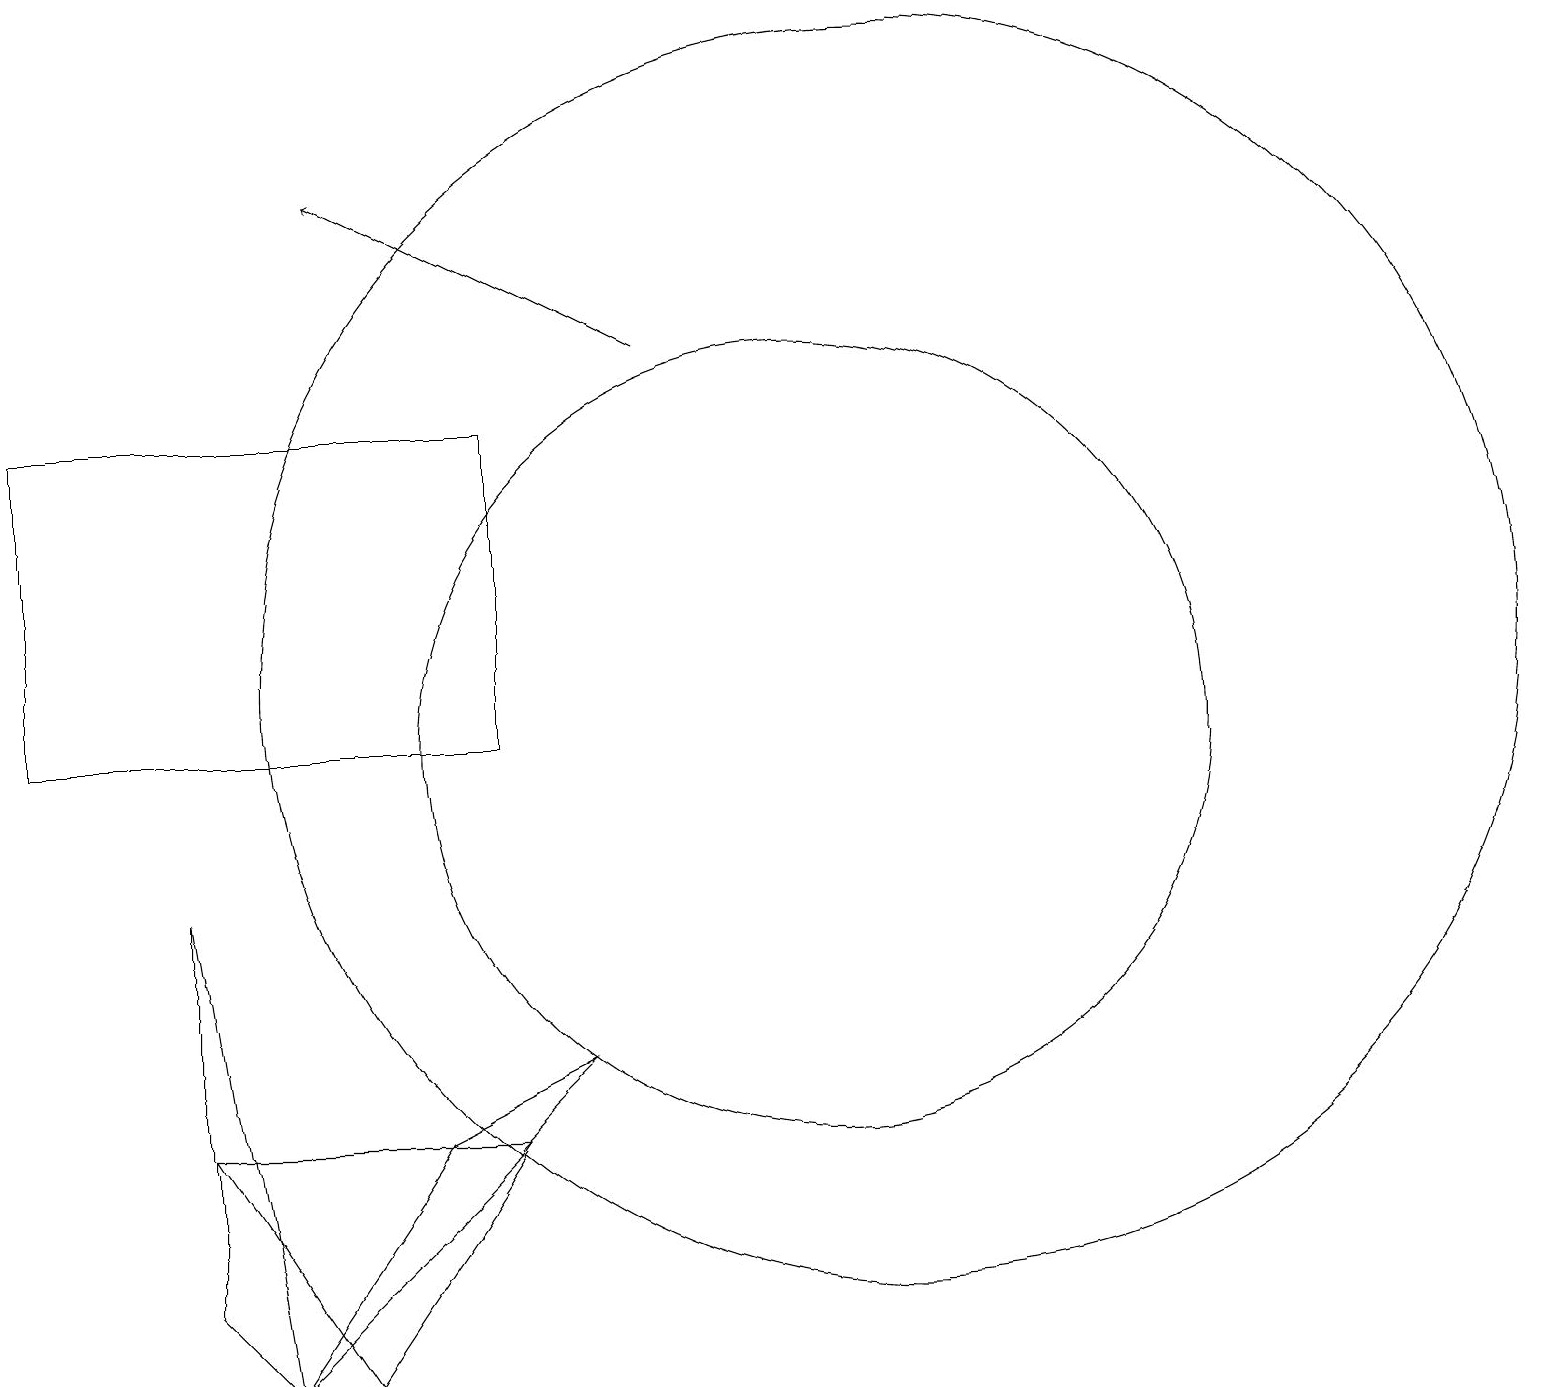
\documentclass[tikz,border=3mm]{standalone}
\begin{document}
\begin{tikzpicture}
\draw (10,10) circle (5);
\draw (0,10) rectangle (6,14);
\draw[->] (8,15) -- (4,17);
\draw (2,3) -- (3,2) -- (2,8) -- cycle;
\draw (5,5) -- (3,2) -- (7,6) -- cycle;
\draw (4,2) -- (2,5) -- (6,5) -- cycle;
\draw (11,11) circle (8);
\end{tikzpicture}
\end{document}